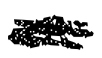
Text: a
Cross-out: scratch
Writing tool: digital_black